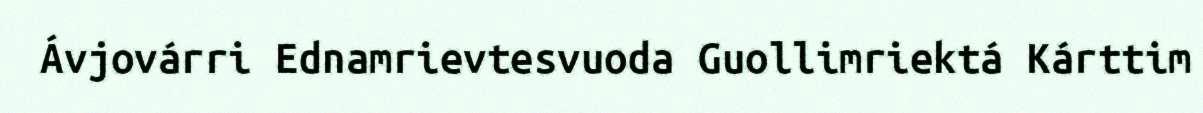
Ávjovárri Ednamrievtesvuoda Guollimriektá Kárttim